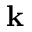
\textbf { k }